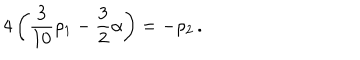
4 \left( { \frac { 3 } { 1 0 } } \rho _ { 1 } - { \frac { 3 } { 2 } } \alpha \right) = - \rho _ { 2 } \, .